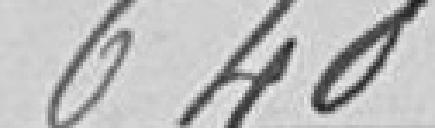
640